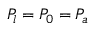
P _ { l } = P _ { 0 } = P _ { a }